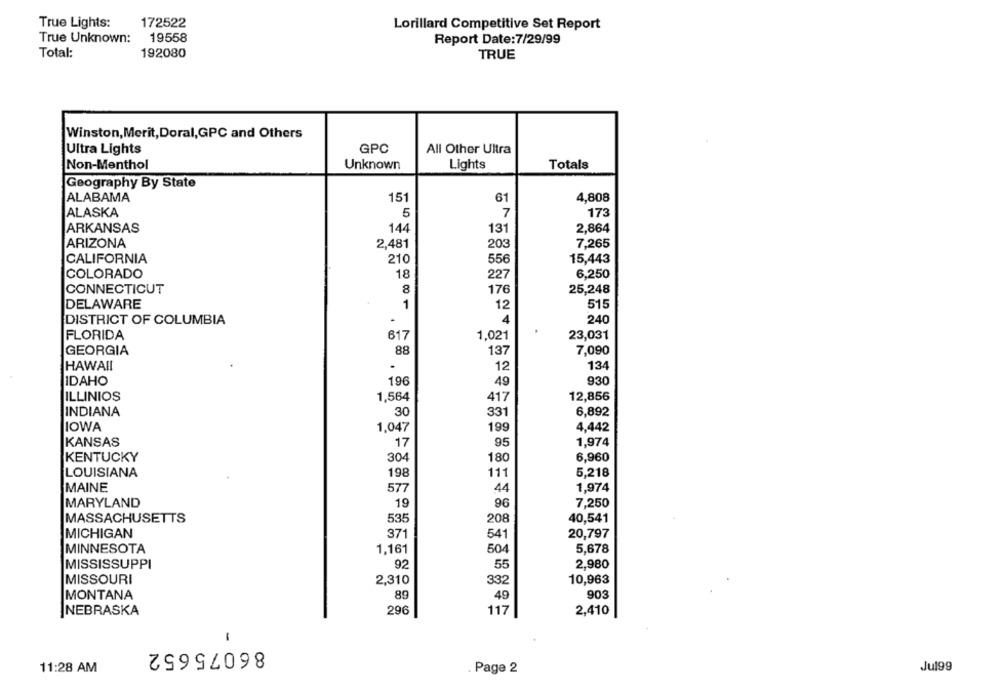
True Lights:
172522
Lorillard Competitive Set Report
True Unknown:
19558
Report Date:7/29/99
Total:
192080
TRUE
Winston, Merit, Doral,GPC and Others
Ultra Lights
GPC
All Other Ultra
Non-Menthol
Unknown
Lights
Totals
Geography By State
ALABAMA
151
61
4,808
ALASKA
5
7
173
ARKANSAS
144
131
2,864
ARIZONA
2,481
203
7,265
CALIFORNIA
210
556
15,443
COLORADO
18
227
6,250
CONNECTICUT
8
176
25,248
DELAWARE
1
12
515
-
DISTRICT OF COLUMBIA
4
240
FLORIDA
617
1,021
23,031
GEORGIA
88
137
7,090
HAWAII
.
134
12
196
930
IDAHO
49
ILLINIOS
1,564
417
12,856
INDIANA
30
331
6,892
IOWA
1,047
199
4,442
KANSAS
17
95
1,974
304
180
6,960
KENTUCKY
LOUISIANA
198
111
5,218
MAINE
577
44
1,974
MARYLAND
19
96
7,250
MASSACHUSETTS
535
208
40,541
MICHIGAN
371
541
20,797
MINNESOTA
1,161
504
5,678
MISSISSUPPI
92
55
2,980
MISSOURI
2,310
332
10,963
89
903
MONTANA
49
NEBRASKA
296
117
2,410
-
86075652
11:28 AM
Page 2
Ju199